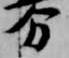
分